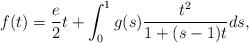
LaTeX: \begin{align*}f(t)=\frac{e}{2}t+\int_{0}^{1}g(s)\frac{t^2}{1+(s-1)t}ds ,\end{align*}